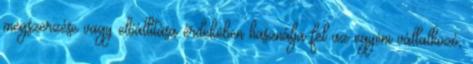
megszerzése vagy előállítása érdekében használja fel az egyéni vállalkozó,